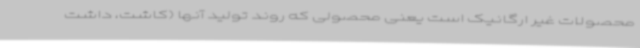
محصولات غیر ارگانیک است یعنی محصولی که روند تولید آنها (کاشت، داشت